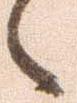
々